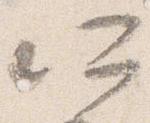
所